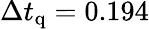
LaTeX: \Delta t_{\mathrm{q}}=0.194